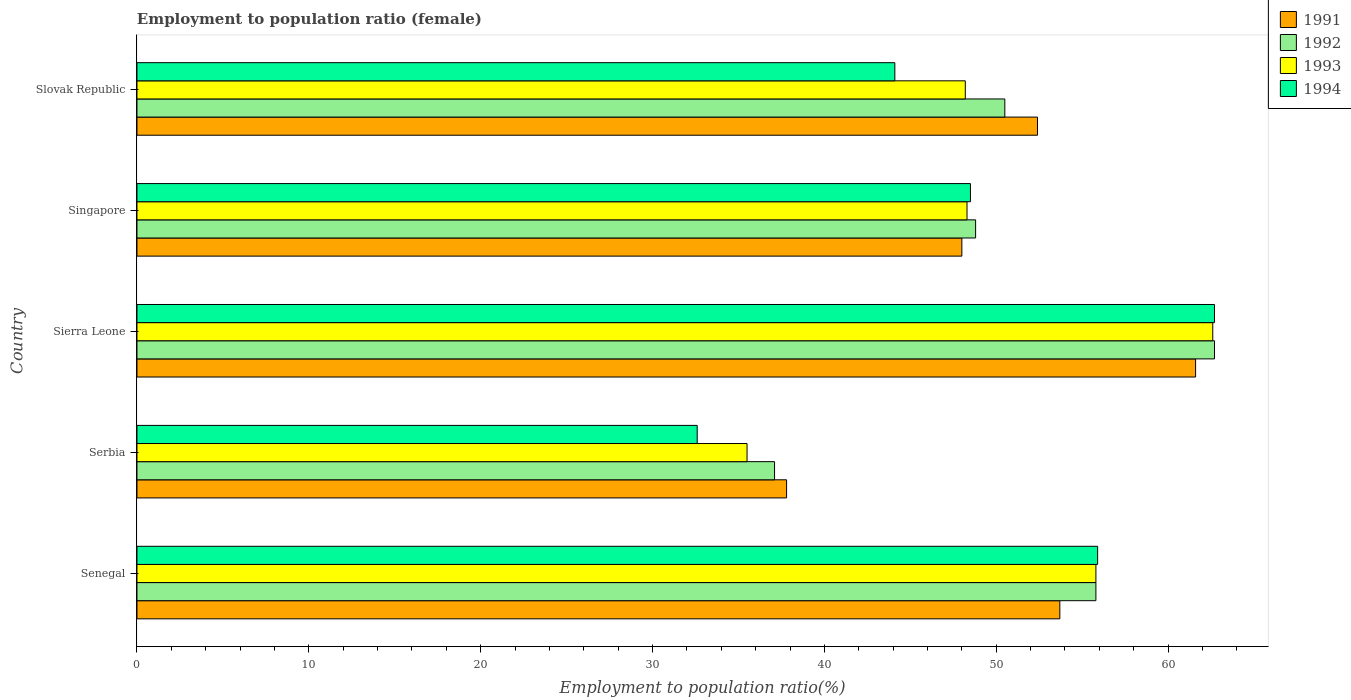
| Country | 1991 | 1992 | 1993 | 1994 |
 | --- | --- | --- | --- | --- |
 | Senegal | 53.7 | 55.8 | 55.8 | 55.9 |
 | Serbia | 37.8 | 37.1 | 35.5 | 32.6 |
 | Sierra Leone | 61.6 | 62.7 | 62.6 | 62.7 |
 | Singapore | 48 | 48.8 | 48.3 | 48.5 |
 | Slovak Republic | 52.4 | 50.5 | 48.2 | 44.1 |